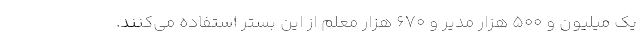
یک میلیون و ۵۰۰ هزار مدیر و ۶۷۰ هزار معلم از این بستر استفاده می‌کنند.